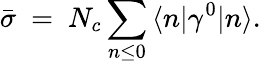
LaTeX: \bar{\sigma}\ =\ N_{c}\sum_{n\leq 0}\, \langle n|\gamma^{0}|n\rangle.